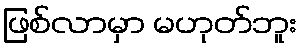
ဖြစ်လာမှာ မဟုတ်ဘူး